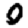
Digit: 0